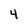
Character: 4